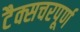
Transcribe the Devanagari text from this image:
टैक्सचरपूर्ण